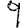
Digit: 9